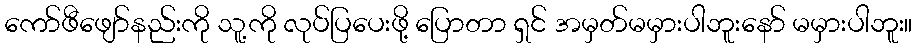
ကော်ဖီဖျော်နည်းကို သူ့ကို လုပ်ပြပေးဖို့ ပြောတာ ရှင် အမှတ်မမှားပါဘူးနော် မမှားပါဘူး။